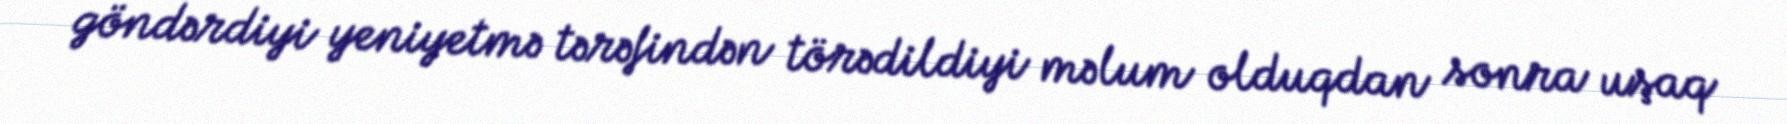
göndərdiyi yeniyetmə tərəfindən törədildiyi məlum olduqdan sonra uşaq